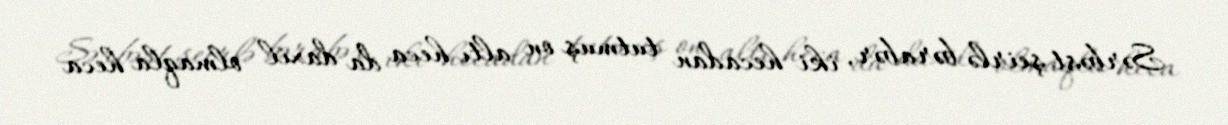
Sərbəst şeirlə bərabər, iki hecadan tutmuş on altı heca da daxil olmaqla heca